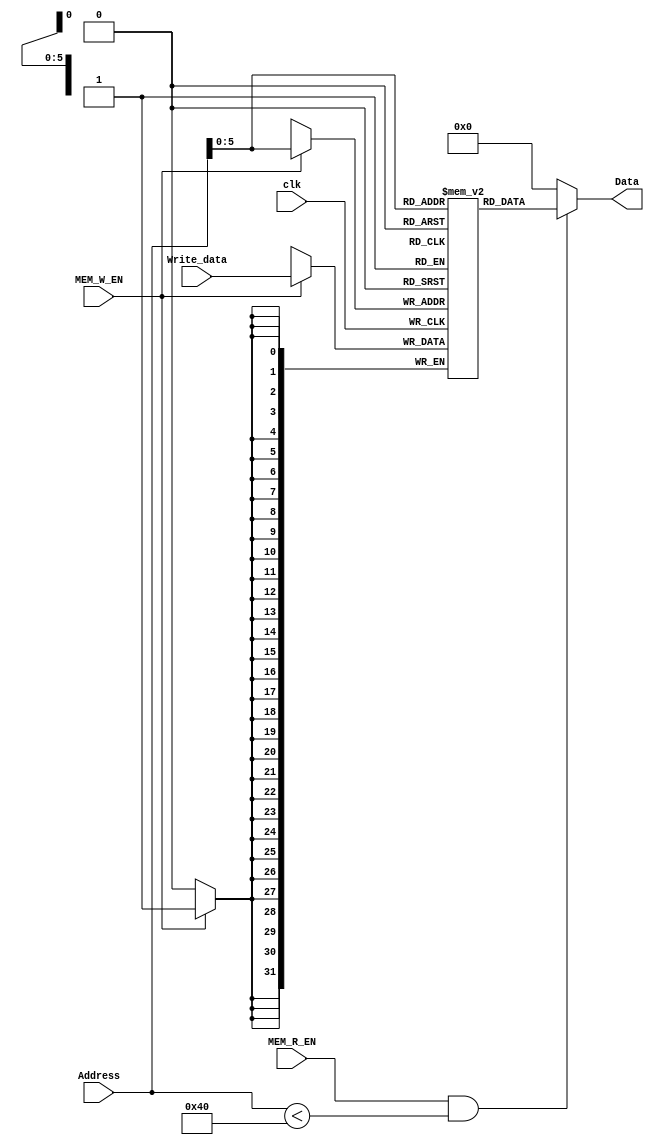
module Data_Memory
	(
		input clk,
		input [31:0] Address,
		input [31:0] Write_data,
		input MEM_R_EN,
		input MEM_W_EN,
		output [31:0] Data
	);

	reg [31:0] memory [63:0]; 
	initial
	begin
  		//memory[32'd100] = 32'd255;
	end
	always @(posedge clk)
	begin
  		if(MEM_W_EN)
  			memory[Address] <= Write_data;
	end
	assign Data = (MEM_R_EN) && (Address < 32'd64) ? memory[Address] : 32'b0;

endmodule